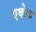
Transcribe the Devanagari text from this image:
एव्हेक